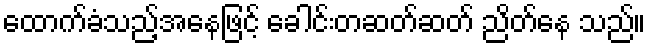
ထောက်ခံသည့်အနေဖြင့် ခေါင်းတဆတ်ဆတ် ညိတ်နေ သည်။